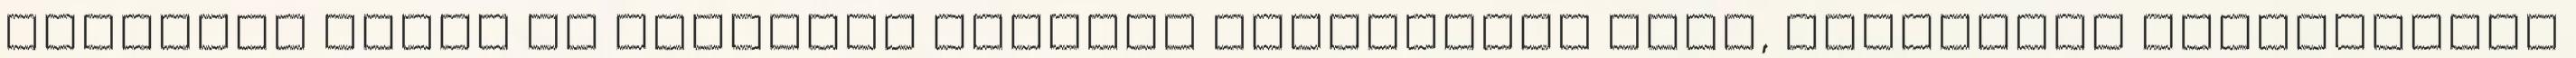
videókat eddig is kiválóan készítő Szenteleki Dóra, tízpontos telitalálat